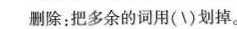
删除：把多余的词用( \)划掉。